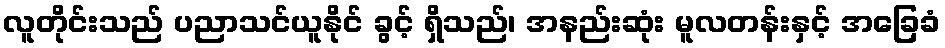
လူတိုင်းသည် ပညာသင်ယူနိုင် ခွင့် ရှိသည်၊ အနည်းဆုံး မူလတန်းနှင့် အခြေခံ